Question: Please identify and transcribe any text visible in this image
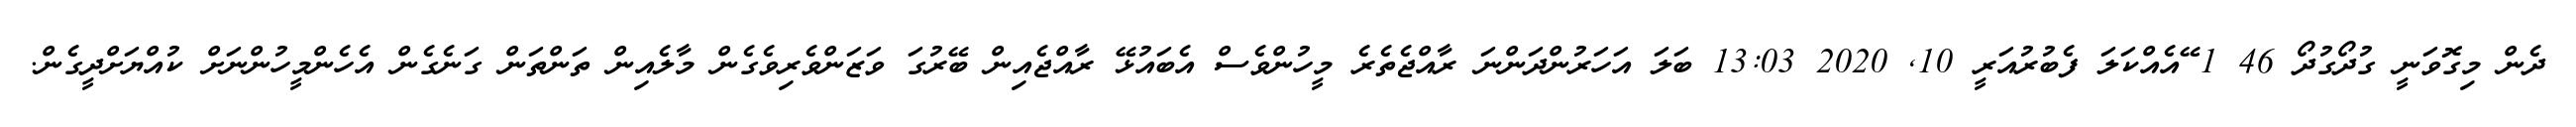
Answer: ދެން މިގޮވަނީ ގުދޯގުދޯ 46 1 ޭއެއްކަލަ ފެބުރުއަރީ 10, 2020 13:03 ބަލަ އަހަރުންދަންނަ ރާއްޖެތެރެ މީހުންވެސް އެބައުޅޭ ރާއްޖެއިން ބޭރުގަ ވަޒަންވެރިވެގެން މާލެއިން ތަންތަން ގަނެގެން އެހެންމީހުންނަށް ކުއްޔަށްދީގެން.